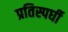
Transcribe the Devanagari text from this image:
प्रतिस्पर्घी